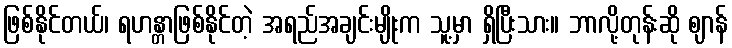
ဖြစ်နိုင်တယ်၊ ရဟန္တာဖြစ်နိုင်တဲ့ အရည်အချင်းမျိုးက သူ့မှာ ရှိပြီးသား။ ဘာလို့တုန်းဆို ဈာန်